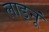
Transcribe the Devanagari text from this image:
लाड्नूं